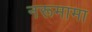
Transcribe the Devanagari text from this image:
नरूमामा